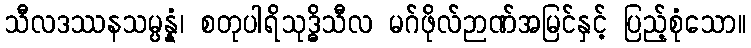
သီလဒဿနသမ္ပန္နံ၊ စတုပါရိသုဒ္ဓိသီလ မဂ်ဖိုလ်ဉာဏ်အမြင်နှင့် ပြည့်စုံသော။